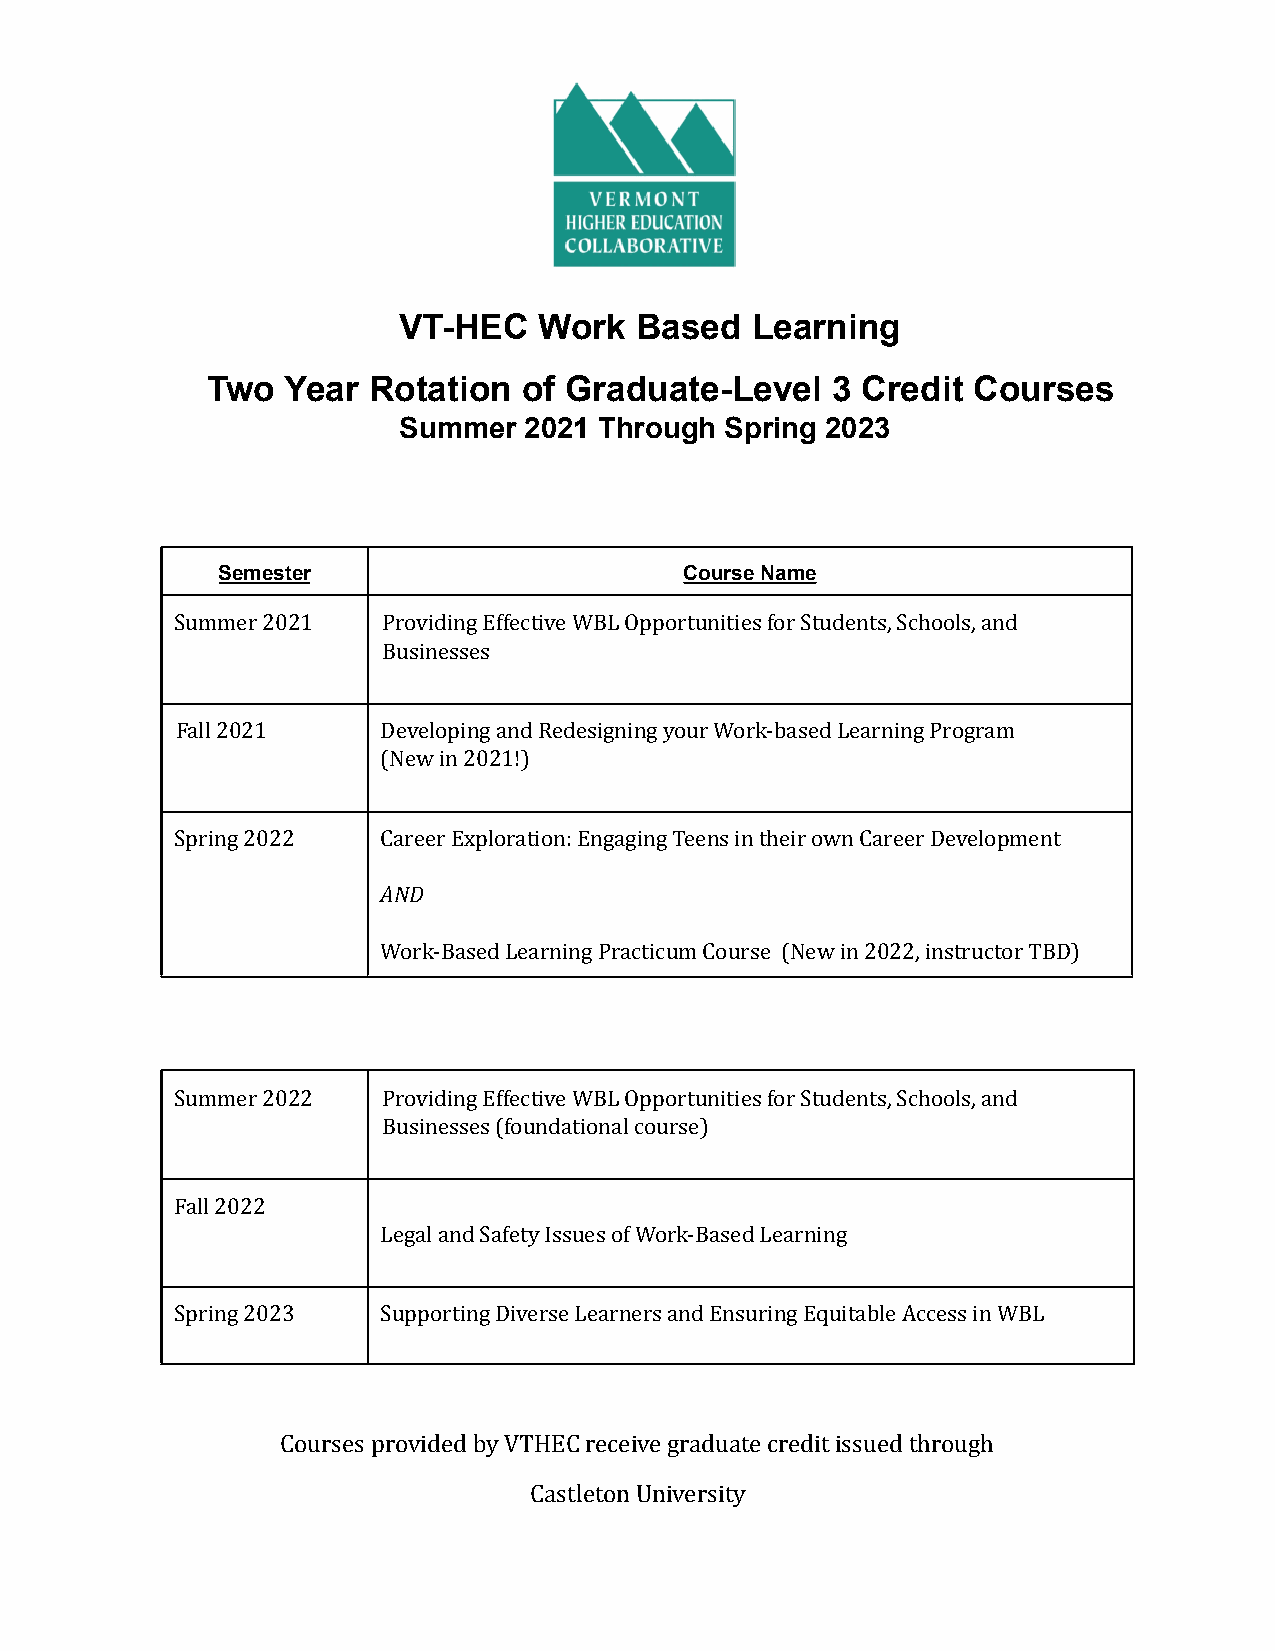
VT-HEC    Work  Based   Learning
 Two  Year Rotation   of Graduate-Level   3 Credit Courses
 Summer   2021 Through Spring 2023
 Semester                       Course Name
 Summer 2021  Providing Effective WBL Opportunities for Students,Schools, and
 Businesses
 Fall 2021    Developing and Redesigning your Work-based LearningProgram
 (New in 2021!)
 Spring 2022  Career Exploration: Engaging Teens in their own CareerDevelopment
 AND
 Work-Based Learning Practicum Course (New in 2022,instructor TBD)
 Summer 2022  Providing Effective WBL Opportunities for Students,Schools, and
 Businesses (foundational course)
 Fall 2022
 Legal and Safety Issues of Work-Based Learning
 Spring 2023  Supporting Diverse Learners and Ensuring EquitableAccess in WBL
 Courses provided by VTHEC receive graduate creditissued through
 Castleton University